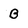
Character: B